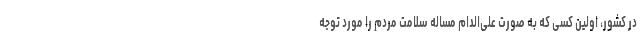
در کشور، اولین کسی که به صورت علی‌الدام مساله سلامت مردم را مورد توجه